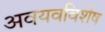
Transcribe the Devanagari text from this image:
अवयवविशेष